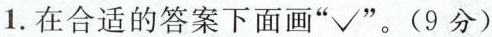
1.在合适的答案下面画”√”。9分)